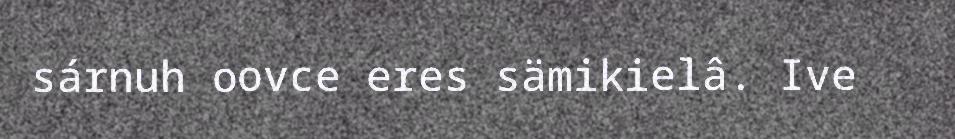
sárnuh oovce eres sämikielâ. Ive